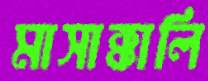
মাসাক্কালি